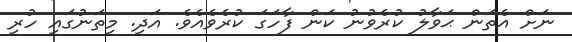
ނަށް އެތަން ޙަވާލު ކުރެވުނު ކަން ފާހަގަ ކުރެވެއެވެ. އަދި. މިތަނުގައި ހުރި